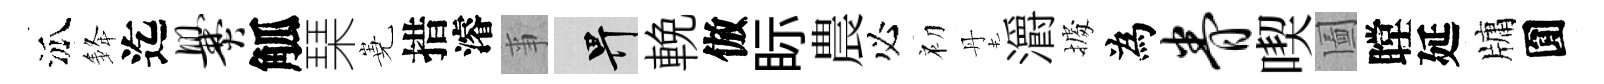
泒𨦟迄爨觚琹嶤措濬亊畀輓倣眎農必初丹灂𢴃為眷喫圗瞠延牗圎